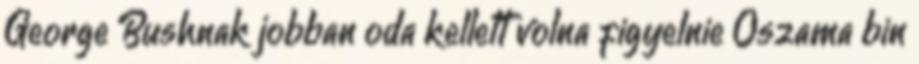
George Bushnak jobban oda kellett volna figyelnie Oszama bin